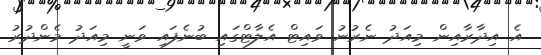
އެ އިދާރާއިން މިއަދު ނެރުނު ވައިޓް އެލާޓްގައި ބުނެފައި ވަނީ މިއަދު މެންދުރު